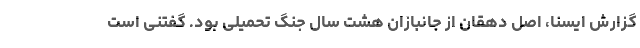
گزارش ایسنا، اصل دهقان از جانبازان هشت سال جنگ تحمیلی بود. گفتنی است